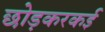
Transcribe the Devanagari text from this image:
छोड़करकई